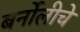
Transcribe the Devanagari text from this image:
बर्नोलीचे